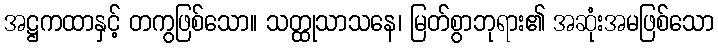
အဋ္ဌကထာနှင့် တကွဖြစ်သော။ သတ္ထုသာသနေ၊ မြတ်စွာဘုရား၏ အဆုံးအမဖြစ်သော